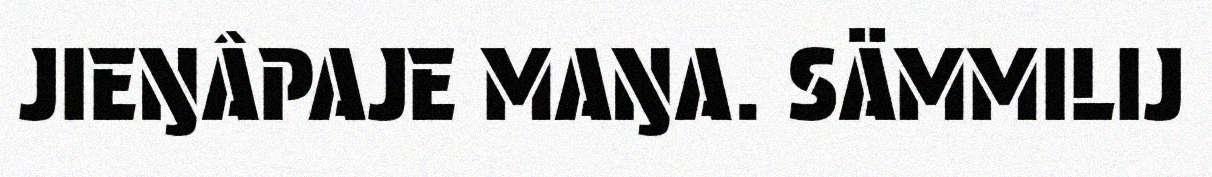
JIEŊÂPAJE MAŊA. SÄMMILIJ